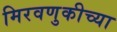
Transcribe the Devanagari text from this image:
मिरवणुकीच्या